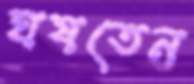
ঘষতেন